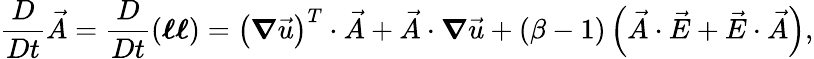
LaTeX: \frac{D}{Dt}\vec{A}=\frac{D}{Dt}\left(\boldsymbol{\ell}\boldsymbol{\ell}\right)=\left(\boldsymbol{\nabla}\vec{u}\right)^{T}\cdot\vec{A}+\vec{A}\cdot\boldsymbol{\nabla}\vec{u}+\left(\beta-1\right)\left(\vec{A}\cdot\vec{E}+\vec{E}\cdot\vec{A}\right),